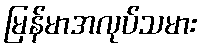
မြန်မာအလုပ်သမား